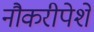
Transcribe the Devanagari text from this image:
नौकरीपेशे